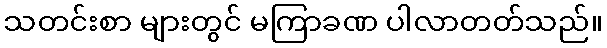
သတင်းစာ များတွင် မကြာခဏ ပါလာတတ်သည်။